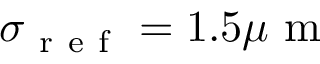
\sigma _ { \mathrm { ~ r ~ e ~ f ~ } } = 1 . 5 \mu \mathrm { ~ m ~ }